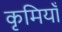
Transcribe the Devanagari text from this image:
कृमियाँ